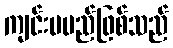
ကျင်းပမည်ဖြစ်သည်